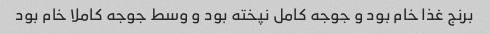
برنج غذا خام بود و جوجه کامل نپخته بود و وسط جوجه کاملا خام بود